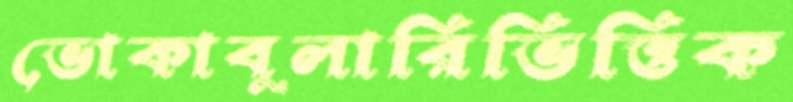
ভোকাবুলারিভিত্তিক